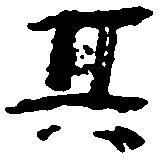
其